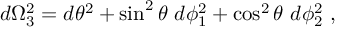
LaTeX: d \Omega _ { 3 } ^ { 2 } = d \theta ^ { 2 } + \sin ^ { 2 } \theta ~ d \phi _ { 1 } ^ { 2 } + \cos ^ { 2 } \theta ~ d \phi _ { 2 } ^ { 2 } \ ,